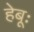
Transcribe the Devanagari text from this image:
हेबूः